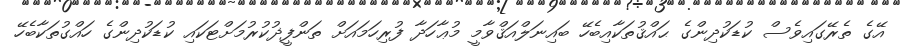
އޭގެ ތެރޭގައިވެސް ކުޑަކުދިންގެ ޙައްޤުތަކާއިބެހޭ ބައިނަލްއަޤްވާމީ މުޢާހަދާ ފުރިހަމައަށް ތަންފީޛުކުރުމަށްޓަކައި ކުޑަކުދިންގެ ހައްގުތަކާބެހޭ